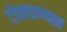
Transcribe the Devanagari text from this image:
टोलवण्यात